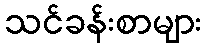
သင်ခန်းစာများ